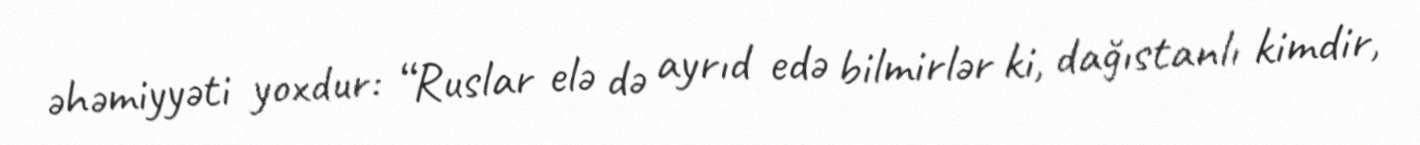
əhəmiyyəti yoxdur: “Ruslar elə də ayrıd edə bilmirlər ki, dağıstanlı kimdir,